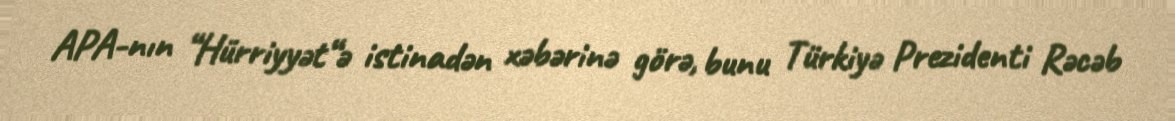
APA-nın “Hürriyyət“ə istinadən xəbərinə görə, bunu Türkiyə Prezidenti Rəcəb